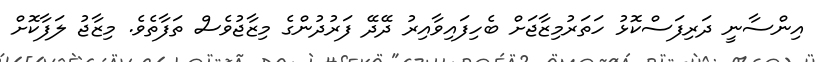
އިންސާނީ ދަރިފަސްކޮޅު ހަތަރުމިޒާޖަށް ބެހިފައިވާއިރު ދޭދޭ ފަރުދުންގެ މިޒާޖުވެސް ތަފާތެވެ. މިޒާޖު ލަފާކޮށް